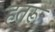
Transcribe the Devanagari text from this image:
हतरू